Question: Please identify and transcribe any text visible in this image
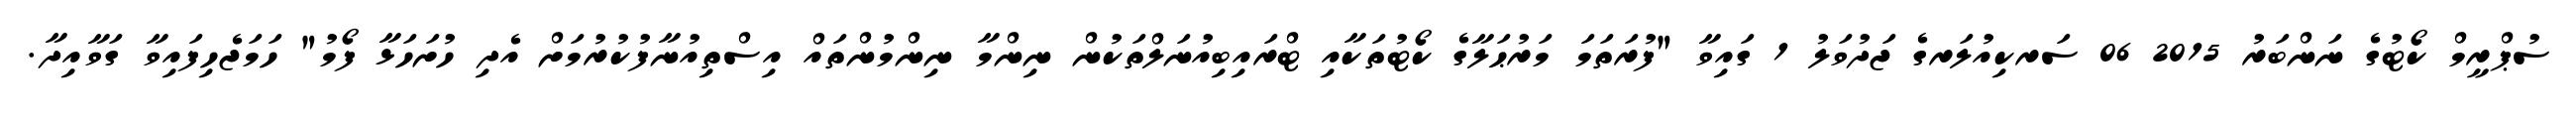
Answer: ސުޕްރީމް ކޯޓުގެ ނަންބަރު 2015 06 ސަރކިއުލަރގެ ޖަދުވަލު 1 ގައިވާ "ފުރަތަމަ މަރުޙަލާގެ ކޯޓުތަކާއި ޓްރައިބިއުނަލްތަކުން ނިންމާ ނިންމުންތައް އިސްތިއުނާފުކުރުމަށް އެދި ހުށަހަޅާ ފޯމު" ހަމަޖެހިފައިވާ ގަވާއިދާ.